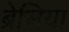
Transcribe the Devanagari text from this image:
ब्रेसिया